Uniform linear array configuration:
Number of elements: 4
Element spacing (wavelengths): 0.75
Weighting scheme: uniform
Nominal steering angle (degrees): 0
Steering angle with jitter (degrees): -0.839
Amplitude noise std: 0.05
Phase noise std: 0.05

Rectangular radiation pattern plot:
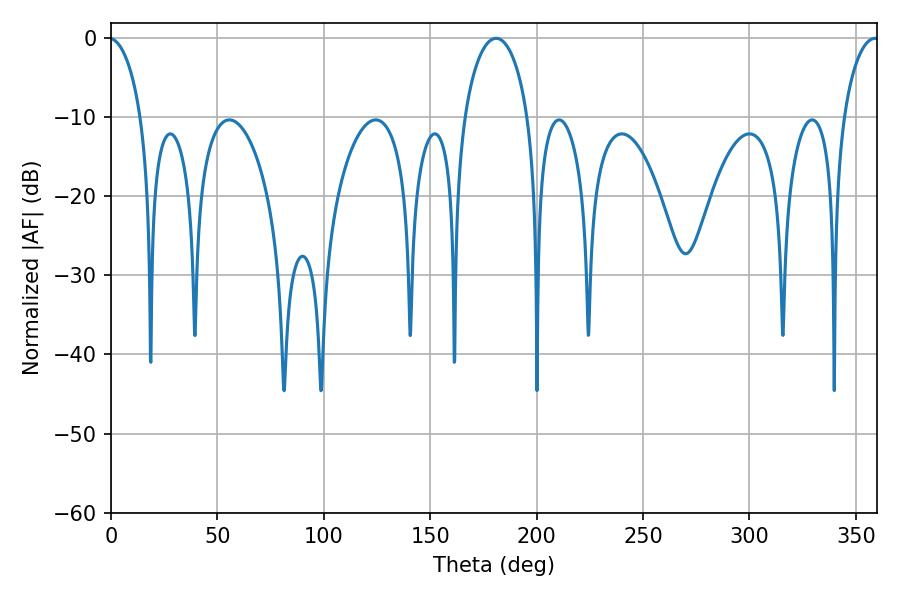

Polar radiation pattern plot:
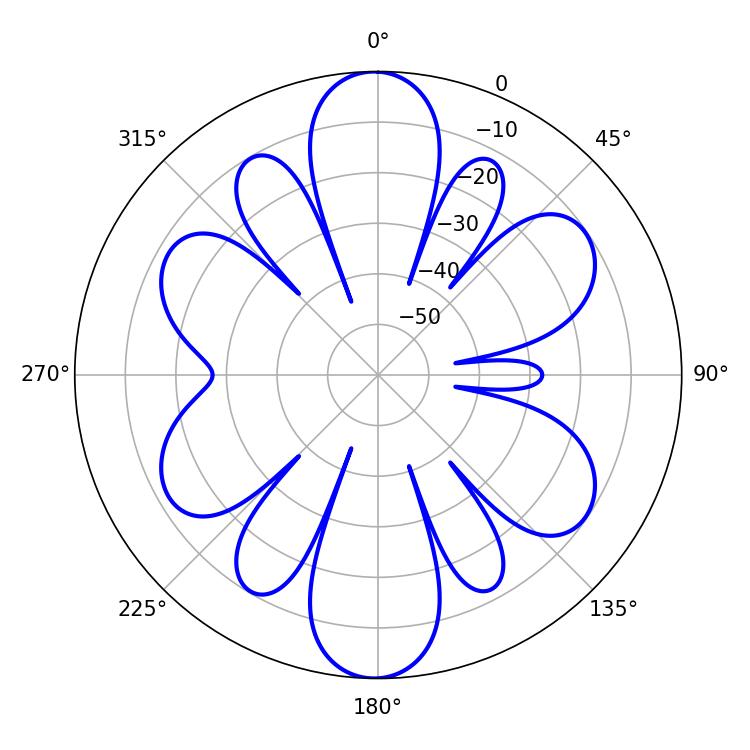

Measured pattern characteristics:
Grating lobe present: TRUE
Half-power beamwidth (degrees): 17.28
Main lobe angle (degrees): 180.9